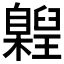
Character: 𮍝